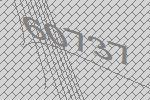
60737